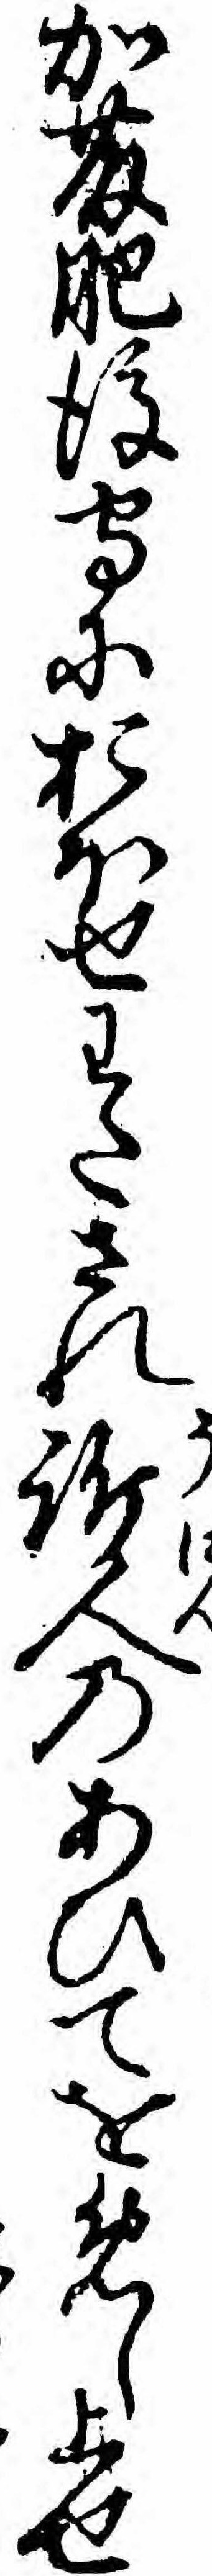
加藤肥後守におほせわたされ訴人のあひてをめし上せ